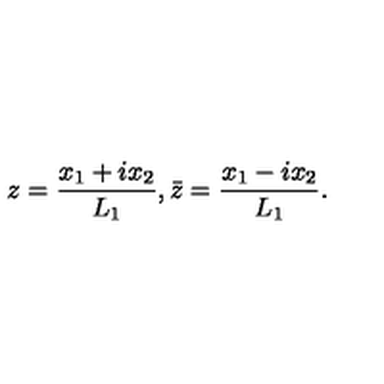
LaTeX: z = \frac { x _ { 1 } + i x _ { 2 } } { L _ { 1 } } , \bar { z } = \frac { x _ { 1 } - i x _ { 2 } } { L _ { 1 } } .